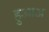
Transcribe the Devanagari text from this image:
हुआअ